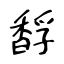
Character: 馟